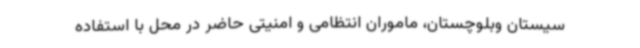
سیستان وبلوچستان، ماموران انتظامی و امنیتی حاضر در محل با استفاده